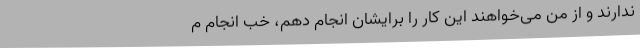
ندارند و از من می‌خواهند این کار را برایشان انجام دهم، خب انجام م